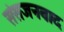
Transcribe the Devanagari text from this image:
संसजनवाद